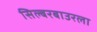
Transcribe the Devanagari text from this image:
सिल्बरबाउरला